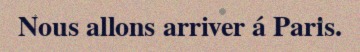
Nous allons arriver á Paris.